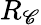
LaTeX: R_{\mathscr{C}}